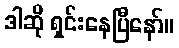
ဒါဆို ရှင်းနေပြီနော်။